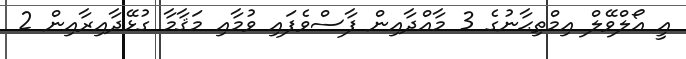
އީ އޯލްވޭލް އިމްތިޙާނުގެ 3 މާއްދާއިން ފާސްވެފައި ވުމާއި މަޤާމާ ގުޅޭދާއިރާއިން 2